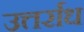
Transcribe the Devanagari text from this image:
उत्तर्राध